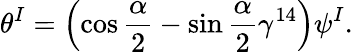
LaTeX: \theta^{I}=\left(\cos\frac{\alpha}{2}-\sin\frac{\alpha}{2}\gamma^{14}\right)\psi^{I}.